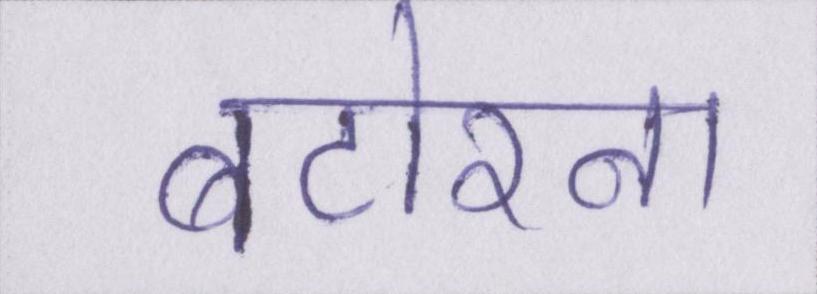
बटोरना